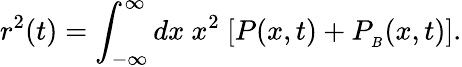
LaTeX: r^{2}(t)=\int_{-\infty}^{\infty}dx\ x^{2}\ [P(x,t)+P_{_B}(x,t)].